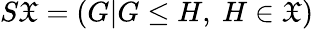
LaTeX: S{\mathfrak{X}}=(G|G\leq H,\ H\in{\mathfrak{X}})